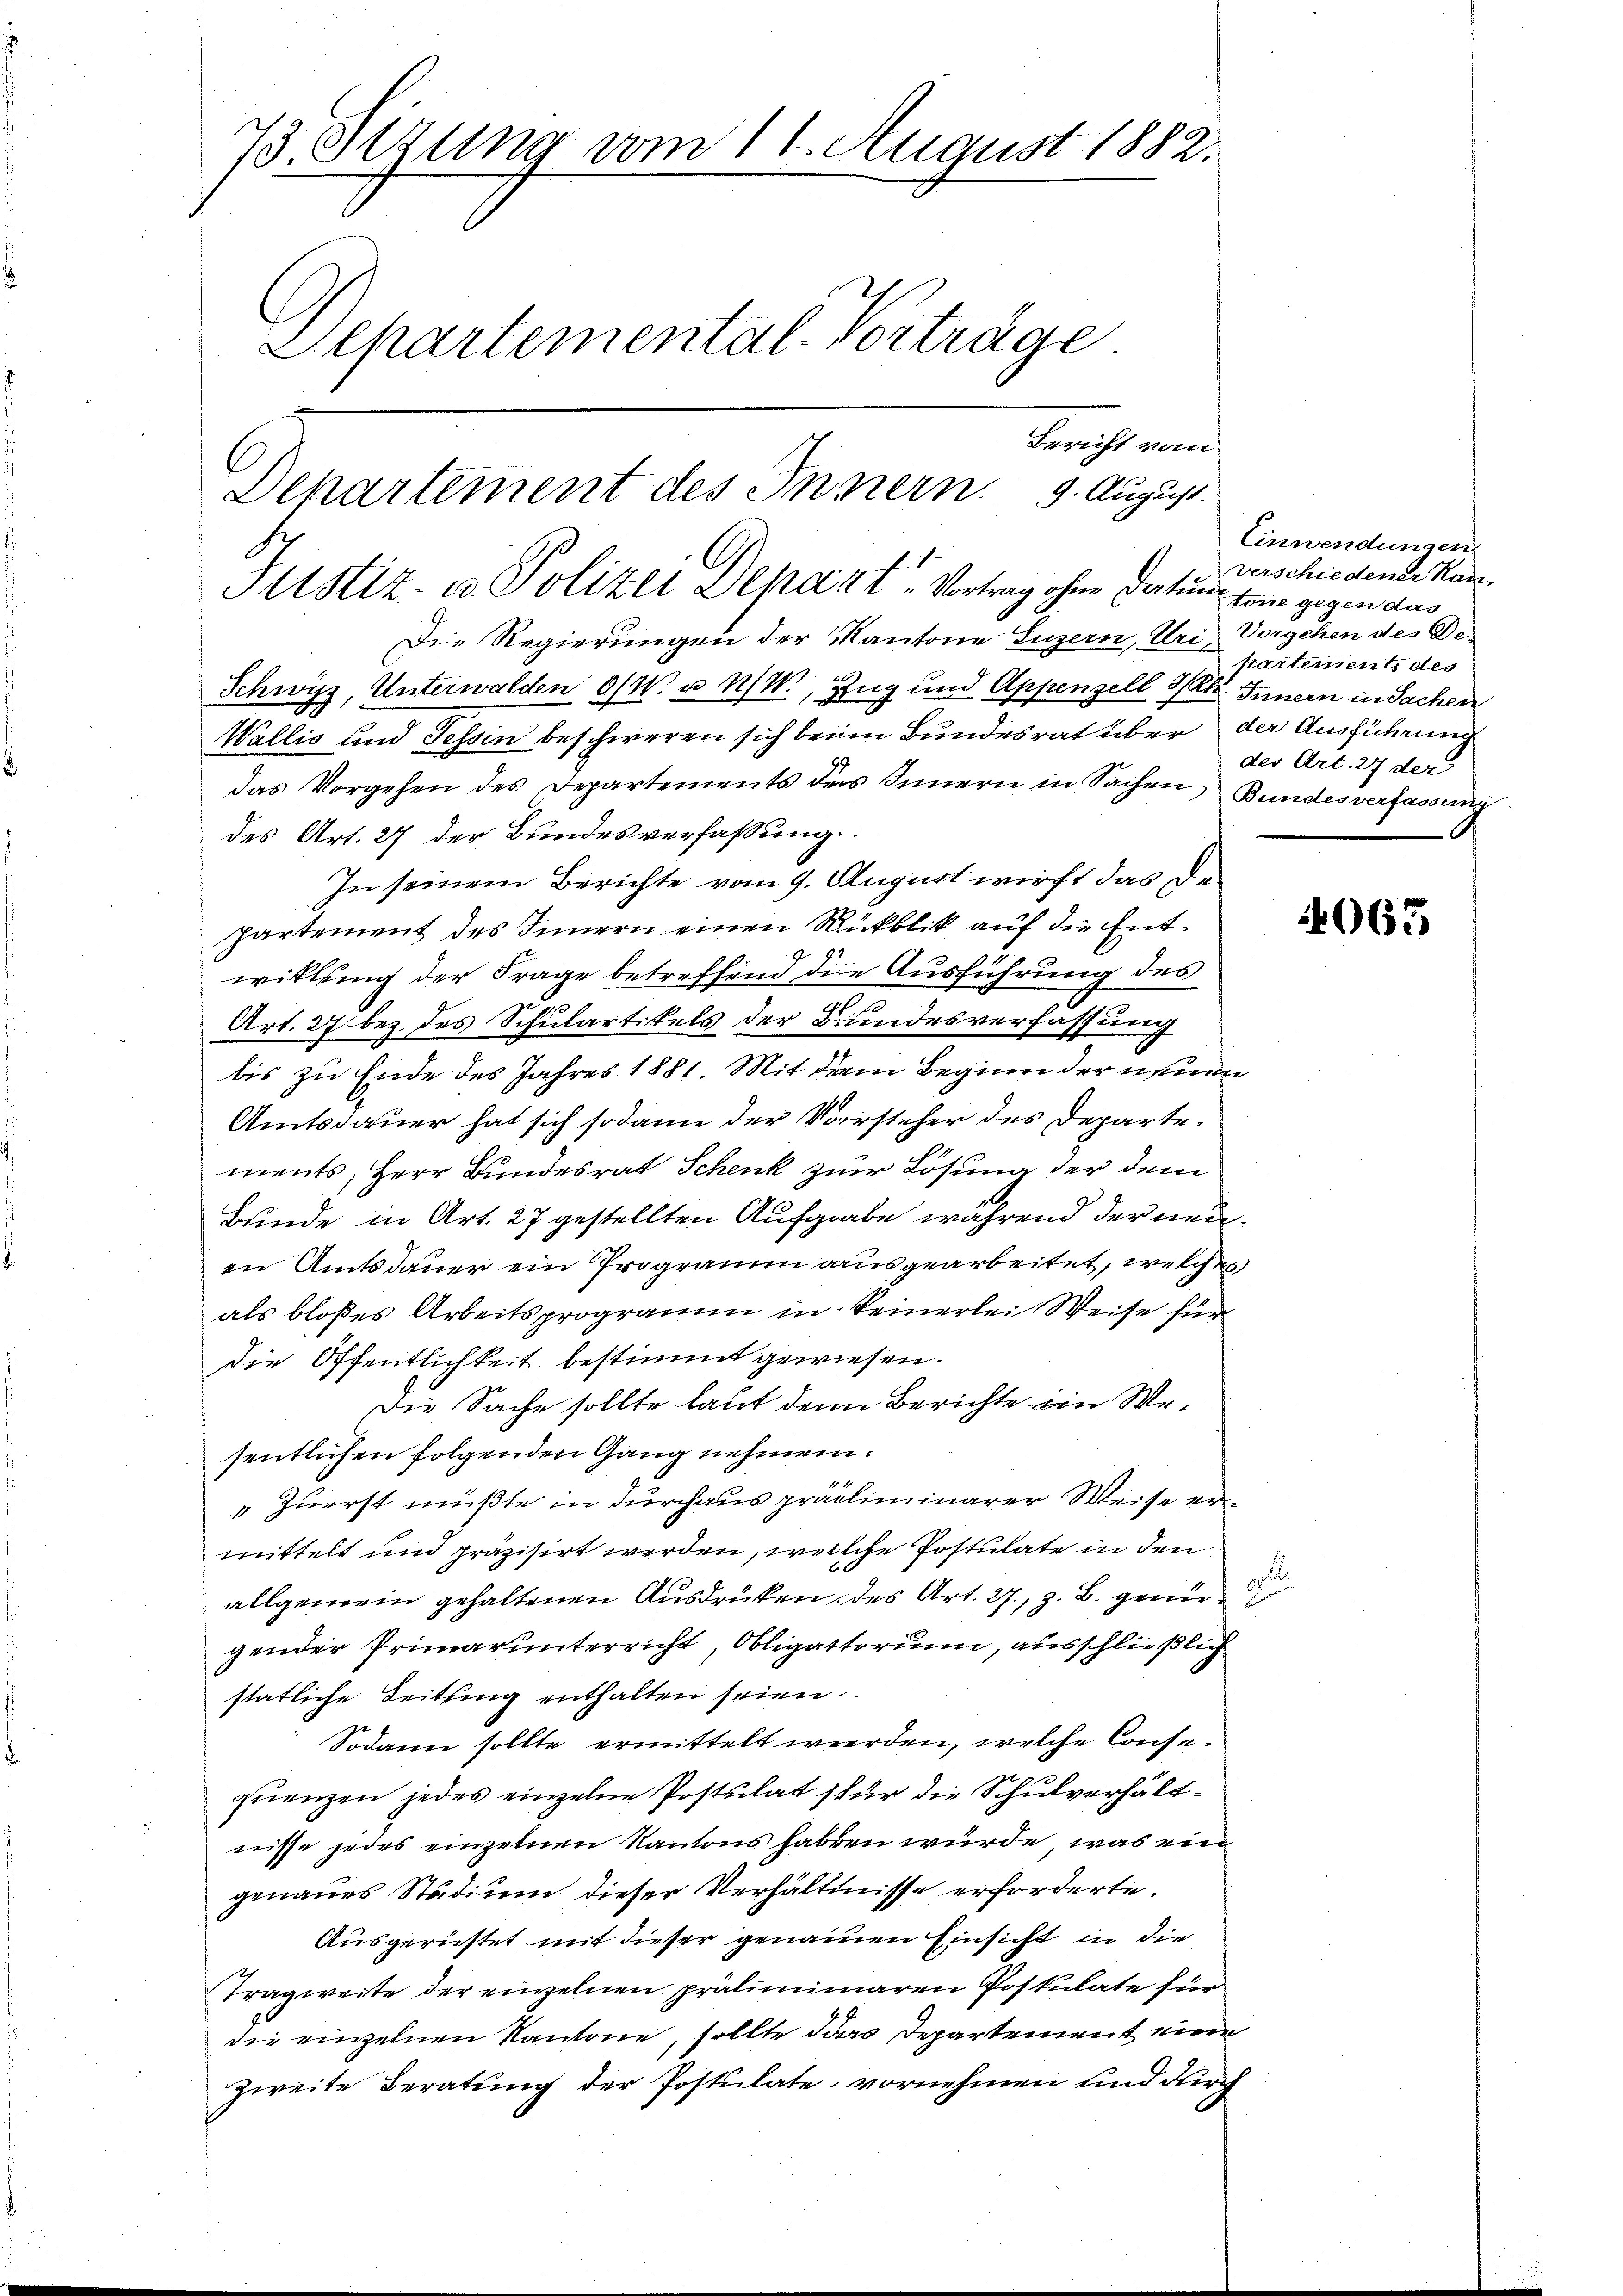
7 Ottung vom 14. August 1882.
Aepartemental-Vorträge.

Bericht vom
Departement des Innern. 9. August.

Justiz- u Polizei Depart. Vortrag ohne Datum von gegen das
Die Regierungen der Kantone Luzern, Uri, Vorgehen des De¬
Schwyz, Unterwalden 6/4 u 1/W., Zug und Appenzell I/Rh. Innern in Sachen
Wallis und Tessin beschweren sich beim Bundesrat über der Ausführung
das Vorgehen des Departements des Innern in Sachen Bundesverfassung
des Art. 27 der Bundesverfassung
In seinem Berichte vom 9. August wirft das Departement des Innern einen Rückblick auf die Entwillung der Frage betreffend die Ausführung des
Art. 27 bez. des Schulartikels der Bundesverfassung
bis zu Ende des Jahres 1881. Mit dem Beginn der neuen
Amtsdauer hat sich sodann der Vorsteher des Departements, Herr Bundesrat Schenk zur Lösung der dem
Bunde in Art. 27 gestellten Aufgabe während der neuen Amtsdauer ein Programm ausgearbeitet, welches
als bloßes Arbeitsprogramm in keinerlei Weise für
die Öffentlichkeit bestimmt gewiesen.
Die Sache sollte laut denn Berichte ein Wesentlichen folgenden Gang nehmen.
"Zuerst müßte in durchaus präliminarer Weise ermittelt und präzisirt werden, welche Postulate in den
allgemein gehaltenen Ausdrücken des Art. 27., z. B. genü
gender Primarunterricht, Obligatorium, ausschließlich
stätliche Leitung enthalten seien
Sodann sollte ermittelt werden, welche Consequenzen jedes einzelne Postulat für die Schulverhältnisse jedes einzelnen Kantons haben würde, was eingenaues Studium dieser Verhältnisse erforderte.
Ausgerüstet mit dieser genauen Einsicht in die
Tragweite der einzelnen präliminaren Postulate für
die einzelnen Kantone, sollte das Departement eine
zweite Beratung der Postulate, vornehmen und durch

Einwendungen
verschiedener Kan-
partement des
des Art. 27 der

4065